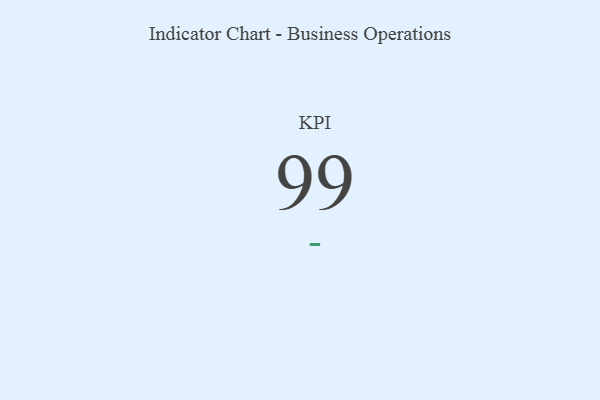
{"axis": {"x": "KPI", "y": "Value"}, "legend": [""], "data": [{"x": "KPI", "y": 99, "type": ""}]}